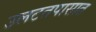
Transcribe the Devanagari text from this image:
उलटतपासात